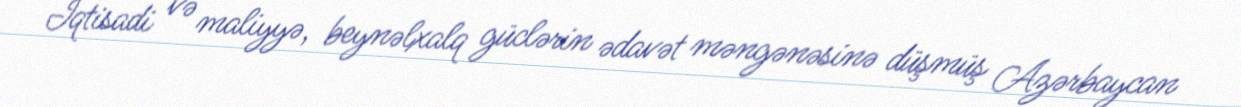
İqtisadi və maliyyə, beynəlxalq güclərin ədavət məngənəsinə düşmüş Azərbaycan